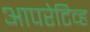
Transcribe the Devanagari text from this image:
आपरेटिव्ह